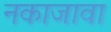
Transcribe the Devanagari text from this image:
नकाजावा